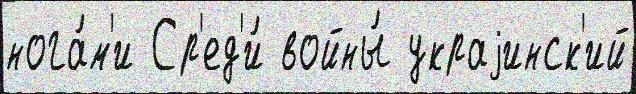
нога́м'и Ср'ед'и́ войны́ украjинск'ий